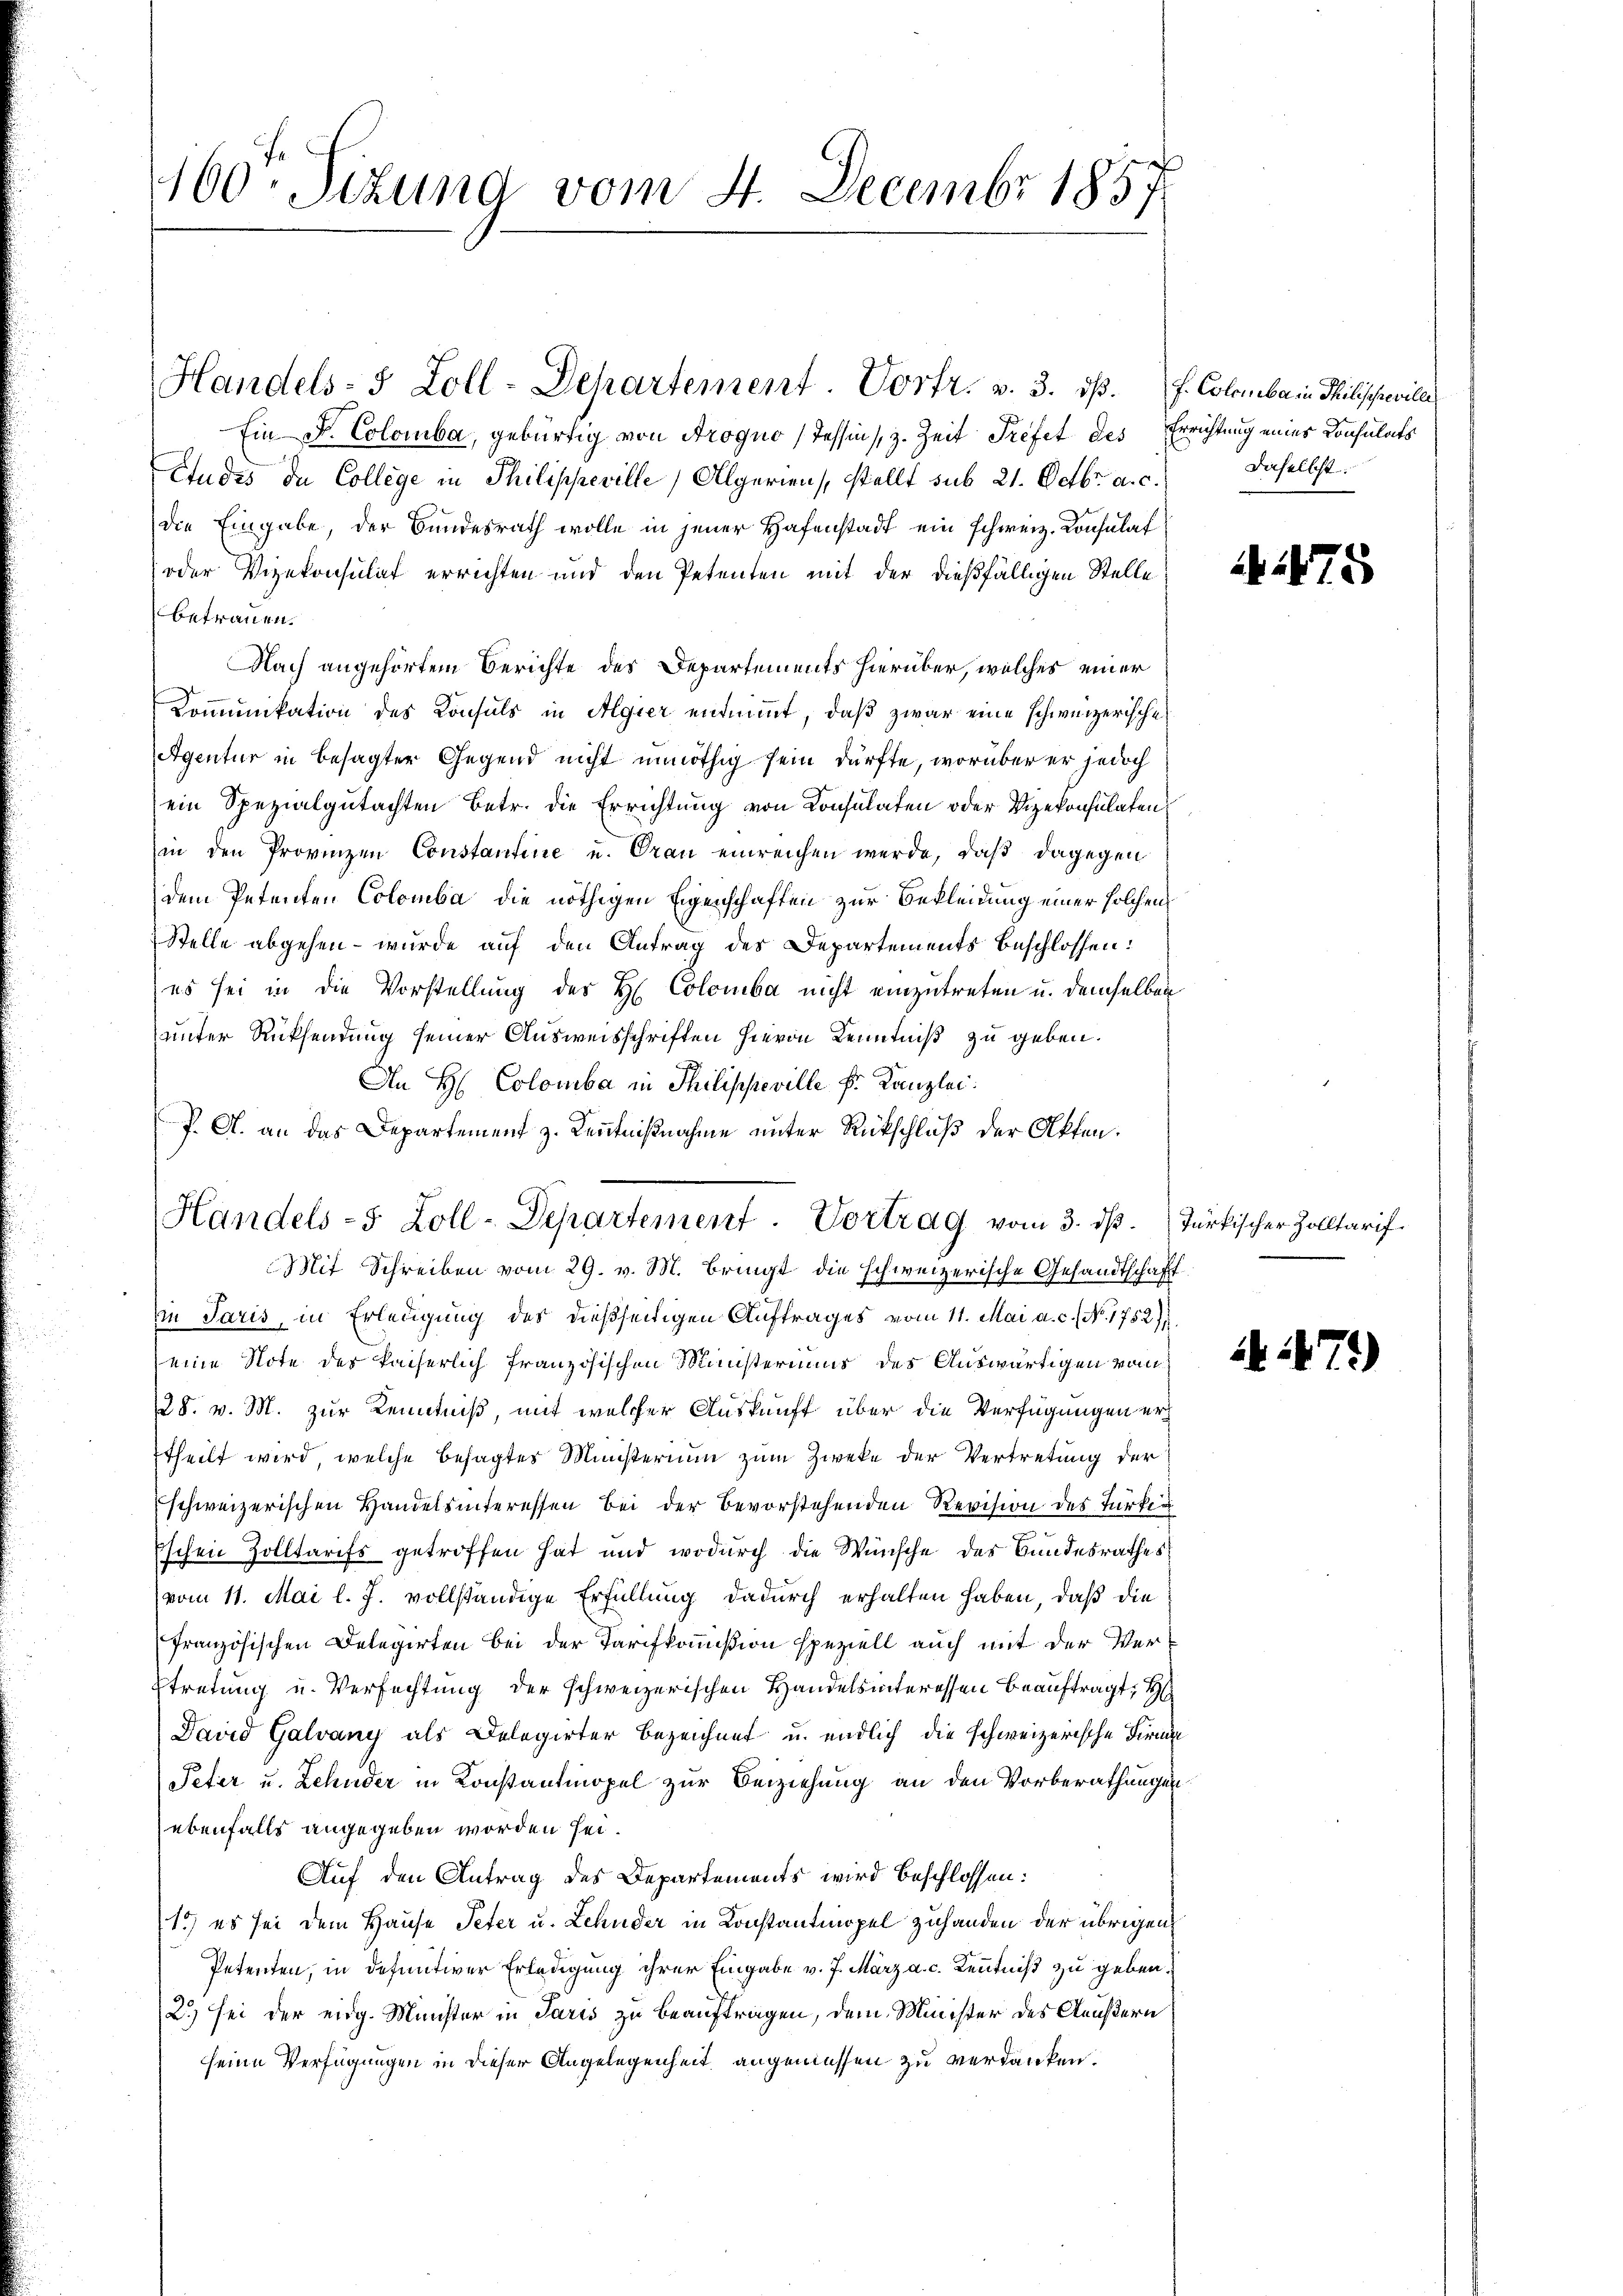
160. Sizung vom 4. Decembr 1857

Handels- 5 Zoll-Departement. Vortr. v. 3. ds. f. Colombar in Philischecill
Ein D. Colomba, gebürtig von Progno (Tessin, z. Zeit Trefet des Errichtung eines Consulats
Etudes de College in Philippeville, Allgerien, stellt sub 21. Octbr. a. c.
die Eingabe, der Bundesrath wolle in jener Hafenstadt ein schweiz. Konsulat
oder Vizekonsulat errichten und den Petenten mit der dießfälligen Stelle
betrauen.
Nach angehörtem Berichte des Departements hierüber, welches einer
Kommunikation des Konsuls in Algier einnimmt, daß zwar eine schweizerische
Agentur in besagter Gegend nicht unnöthig sein dürfte, worüber er jedoch
ein Spezialgutachten Betr. die Errichtung von Konsulaten oder Vizekonsulaten
in den Provinzen Constantine u. Oran einreichen werde, daß dagegen
dem Petenten Colomba die nöthigen Eigenschaften zur Bekleidung einer solchen
Stelle abgehen – wurde auf den Antrag des Departements beschlossen:
(es sei in die Vorstellung des H. Colomba nicht einzutreten u. demselben
unter Rücksendung seiner Ausweisschriften hievon Kenntniß zu geben.
An H Colombar in Philippeville Fr. Kanzlei.
P. A. an das Departement z. Kenntnißnahme unter Rückschluß der Akten.
Mit Schreiben vom 29. v. M. bringt die schweizerische Gesandtschaft
in Paris, in Erledigung des dießseitigen Auftrages vom 11. Mai a. c. No. 1752)
eine Note des kaiserlich französischen Ministeriums des Auswärtigen vom
28. v. M. zur Kenntniß, mit welcher Auskunft über die Verfügungen erttheilt wird, welche besagtes Ministerium zum Zweke der Vertretung der
schweizerischen Handelsinteressen bei der Bevorstehenden Revision des Türken
Eschen Zolltarifs getroffen hat und wodurch die Wünsche des Bundesrathes
vom 11. Mai l. J. vollständige Erfüllung dadurch erhalten haben, daß die
französischen Delegirten bei der Tarifkommißion speziell auch mit der Ver¬
Etretung u. Verfachtung der schweizerischen Handelsinteressen beauftragt,
David Galvany als Delegirter bezeichnet u. endlich die schweizerische Firma
Peter u. Zehnder in Konstantmopel zur Beiziehung an den Vorberathungen
ebenfalls angegeben worden sei.
Auf den Antrag des Departements wird beschlossen:
1) es sei dem Hause Peter u. Lehnder in Konstantmopel zuhanden der übrigen
Petenten, in definitiver Erledigung ihrer Eingabe v. J. März a. c. Kenntniß zu geben.
2) sei der eidg. Minister in Paris zu beauftragen, dem Minister des Aeußern
seine Verfügungen in dieser Angelegenheit angemessen zu verdanken.

Handels- 5 Zoll-Departement. Vortrag vom 3. dß. Türkischer Zolltarif¬

daselbst:

A475

71)